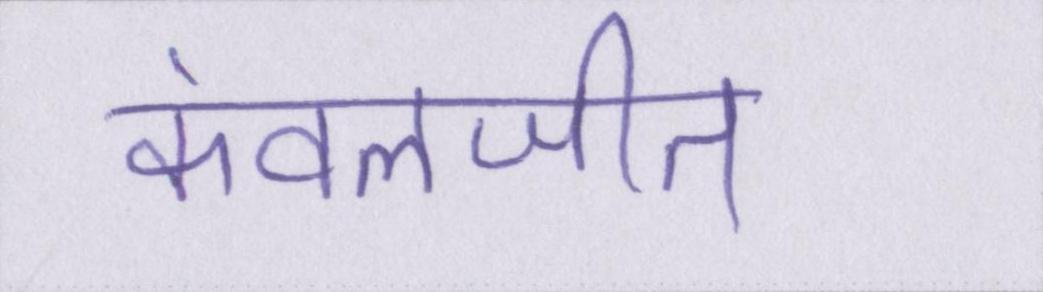
कंवलजीत